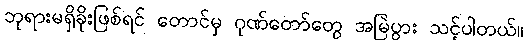
ဘုရားမရှိခိုးဖြစ်ရင် တောင်မှ ဂုဏ်တော်တွေ အမြဲပွား သင့်ပါတယ်။